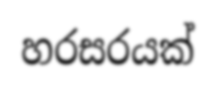
හරසරයක්